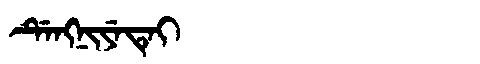
Manchu: ᡩᡝᠩᠨᡳᠶᡝᡨᡝᡳ
Romanization: DENGNIYETEI